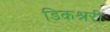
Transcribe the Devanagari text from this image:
डिकश्नरी